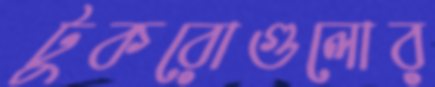
টুকরোগুলোর